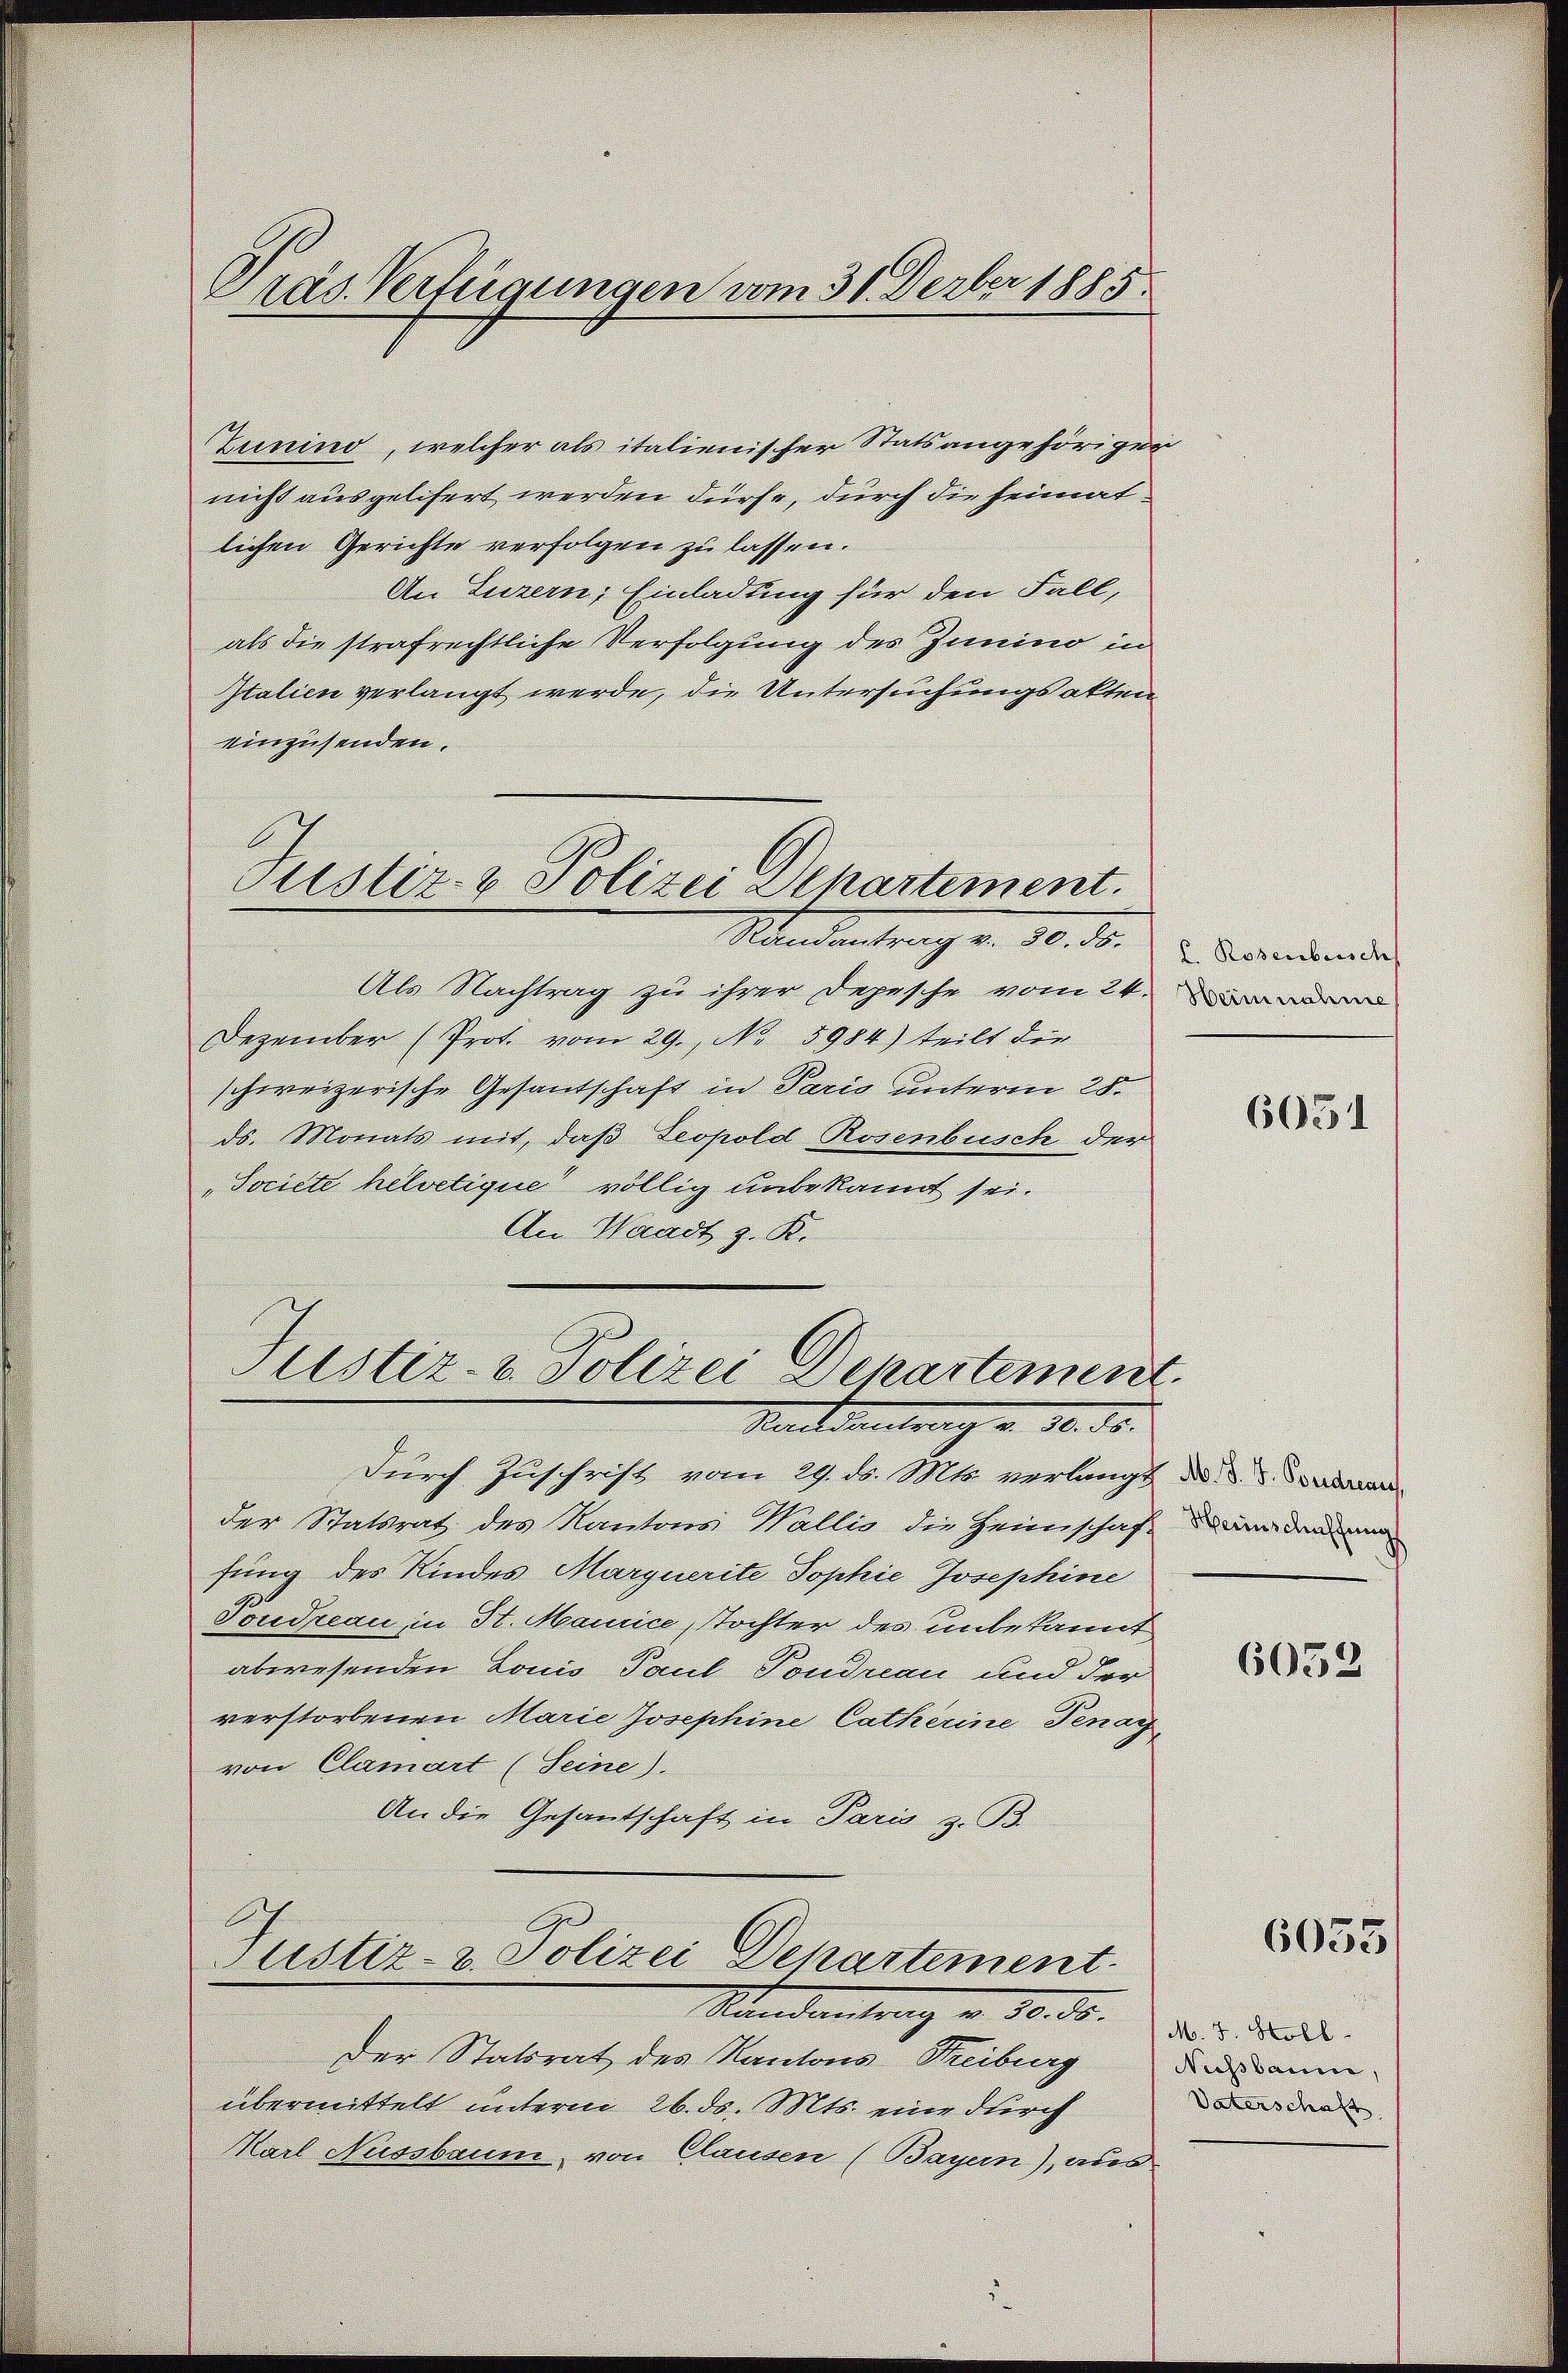
Präs. Verfügungen vom 31. Derber 1885.

Zunino, welcher als italienischer Statsangehöriger
nicht ausgelihert werden dürfe, durch die Heimat
lichen Gerichte verfolgen zu lassen.
An Luzern, Einladung für den Fall,
als die strafrechtliche Verfolgung des Zimino in
Italien verlangt werde, die Untersuchungsakten
einzusenden.
Standentrag v. 30. 30.
Als Nachtrag zu ihrer Depesche vom 24.
Dezember (Prot. vom 29. No 5984) teilt die
schweizerische Gesandschaft in Paris unterm 28.
ds. Monats mit, daß Leopold Rosenbusch der
"Societe helvetique völlig unbekannt sei.
An Waadt z. B.
Justiz- & Polizei Departement.
Staatsanter      10. ds.
durch Zuschrift vom 29. d. Mts. verlangt d. d. d. Sonder
der Statsrat des Kantons Wallis die Heimschaft in den un
fung des Kindes Marquerite Sophie Josephine
Toureau in St. Mannice, Tochter des unbekannt
abwesenden Lonio Paul Pondnau und der
verstorbenen Marie Josephine Catherine Tenay,
von Clamart (Seine).
An die Gesantschaft in Paris z. B.
Justiz- u. Polizei Departement.
Kanalantrach v. Mt. d. d. Mart.
der Statsrat des Kantons Streiburg
übermittelt unterm 26. ds. Mts. eine durch
Karl Nussbaum, von Clausen (Bayern), aus

Justiz- & Polizei Departement.

E. Rosenbesch

6051

6052

6053/

Nichsbaum,
Vaterschaft